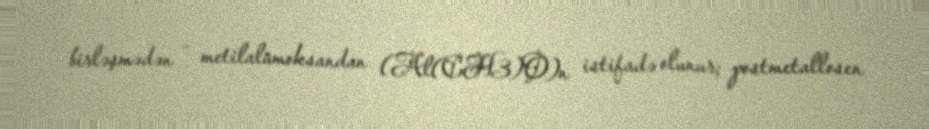
birləşmədən – metilalümoksandan (Al(CH3)O)n istifadə olunur; postmetallosen